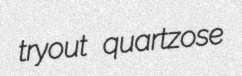
tryout quartzose